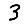
Digit: 3